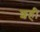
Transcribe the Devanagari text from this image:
शही